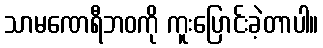
သာမဏေရီဘဝကို ကူးပြောင်းခဲ့တာပါ။